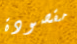
مقصودة